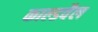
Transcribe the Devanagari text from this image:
काल्डवैल